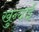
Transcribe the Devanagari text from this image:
खुन्दाई